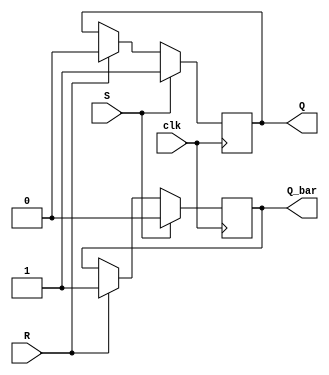
module sr_flip_flop (
    input wire S, // Set signal
    input wire R, // Reset signal
    input wire clk, // Clock signal
    output reg Q, // Q output
    output reg Q_bar // Q_bar output
);

always @(posedge clk) begin
    if (S) begin
        Q <= 1'b1; // Set Q to high
        Q_bar <= 1'b0; // Q_bar is the inverse of Q
    end else if (R) begin
        Q <= 1'b0; // Reset Q to low
        Q_bar <= 1'b1; // Q_bar is the inverse of Q
    end
end

endmodule